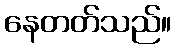
နေတတ်သည်။